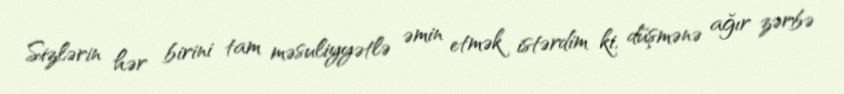
Sizlərin hər birini tam məsuliyyətlə əmin etmək istərdim ki, düşmənə ağır zərbə